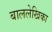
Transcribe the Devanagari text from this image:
बाललेखिका